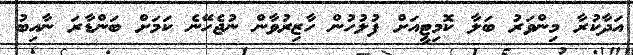
އަދާކުރާ މިންވަރު ބަލާ ކޮމިޓީއަށް ފުލުހުން ހާޒިރުވާން ނުޖެހޭނެ ކަމަށް ބަންޑާރަ ނާއިބު